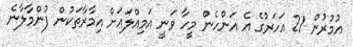
އުމުރުން 21 އަހަރުގެ އެ އަންހެން މީހާ ވަނީ އަމިއްލައަށް އިމާރާތަކުން ފުންމާލާނެ